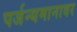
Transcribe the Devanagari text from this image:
पर्जन्यमानावर